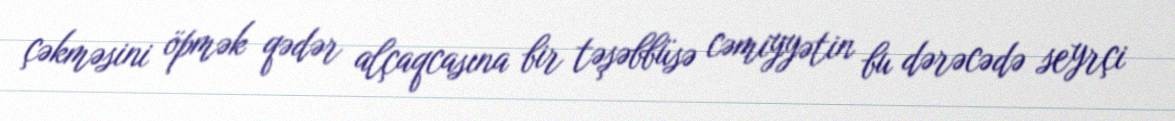
çəkməsini öpmək qədər alçaqcasına bir təşəbbüsə cəmiyyətin bu dərəcədə seyrçi